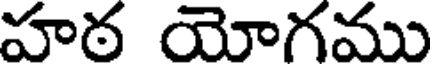
హఠ యోగము